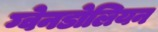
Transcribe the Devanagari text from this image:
ग्वेनडोलियन